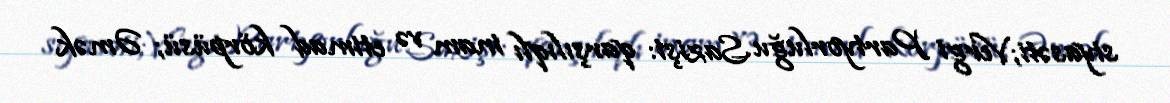
siyasəti;Vergi Partyorluğu Sazişi: qarşılıqlı inam və etimad körpüsü; Əmək